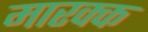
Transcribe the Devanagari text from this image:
मारक्क